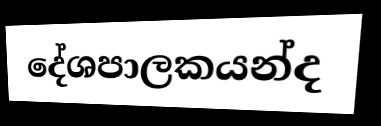
දේශපාලකයන්ද